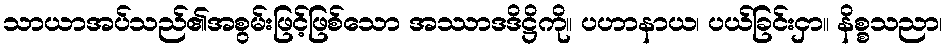
သာယာအပ်သည်၏အစွမ်းဖြင့်ဖြစ်သော အဿာဒဒိဋ္ဌိကို။ ပဟာနာယ၊ ပယ်ခြင်းငှာ။ နိစ္စသညာ၊